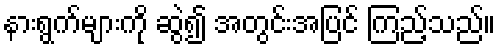
နားရွက်များကို ဆွဲ၍ အတွင်းအပြင် ကြည့်သည်။